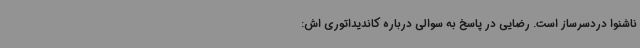
ناشنوا دردسرساز است. رضایی در پاسخ به سوالی درباره کاندیداتوری اش: